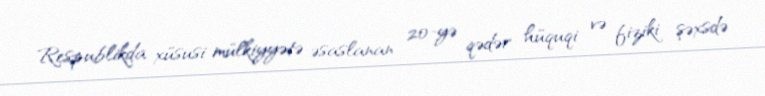
Respublikda xüsusi mülkiyyətə əsaslanan 20-yə qədər hüquqi və fiziki şəxsdə